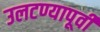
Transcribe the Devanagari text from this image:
उलटण्यापूर्वी